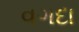
વગદા